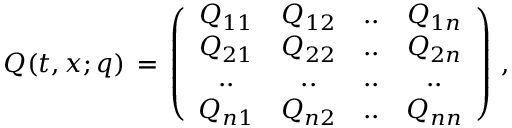
Q ( t , x ; q ) \, = \, \left( \begin{array} { c c c c } { { Q _ { 1 1 } } } & { { Q _ { 1 2 } } } & { { . . } } & { { Q _ { 1 n } } } \\ { { Q _ { 2 1 } } } & { { Q _ { 2 2 } } } & { { . . } } & { { Q _ { 2 n } } } \\ { { . . } } & { { . . } } & { { . . } } & { { . . } } \\ { { Q _ { n 1 } } } & { { Q _ { n 2 } } } & { { . . } } & { { Q _ { n n } } } \end{array} \right) \, ,